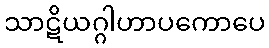
သာဋိယဂ္ဂါဟာပကောပေ